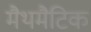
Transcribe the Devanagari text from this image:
मैथमैटिक